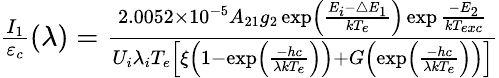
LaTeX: \begin{array}{r}{\frac{I_{1}}{\varepsilon_{c}}(\lambda)=\frac{2.0052\times 10^{-5}A_{21}g_{2}\exp\left(\frac{E_{i}-\bigtriangleup E_{1}}{kT_{e}}\right)\exp\frac{-E_{2}}{kT_{exc}}}{U_{i}\lambda_{i}T_{e}\left[\xi\left(1-\exp\left(\frac{-hc}{\lambda kT_{e}}\right)\right)+G\left(\exp\left(\frac{-hc}{\lambda kT_{e}}\right)\right)\right]}}\end{array}